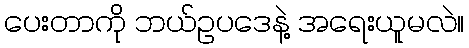
ပေးတာကို ဘယ်ဥပဒေနဲ့ အရေးယူမလဲ။